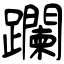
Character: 躝